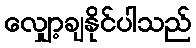
လျှော့ချနိုင်ပါသည်